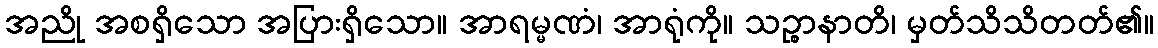
အညို အစရှိသော အပြားရှိသော။ အာရမ္မဏံ၊ အာရုံကို။ သဉ္စာနာတိ၊ မှတ်သိသိတတ်၏။